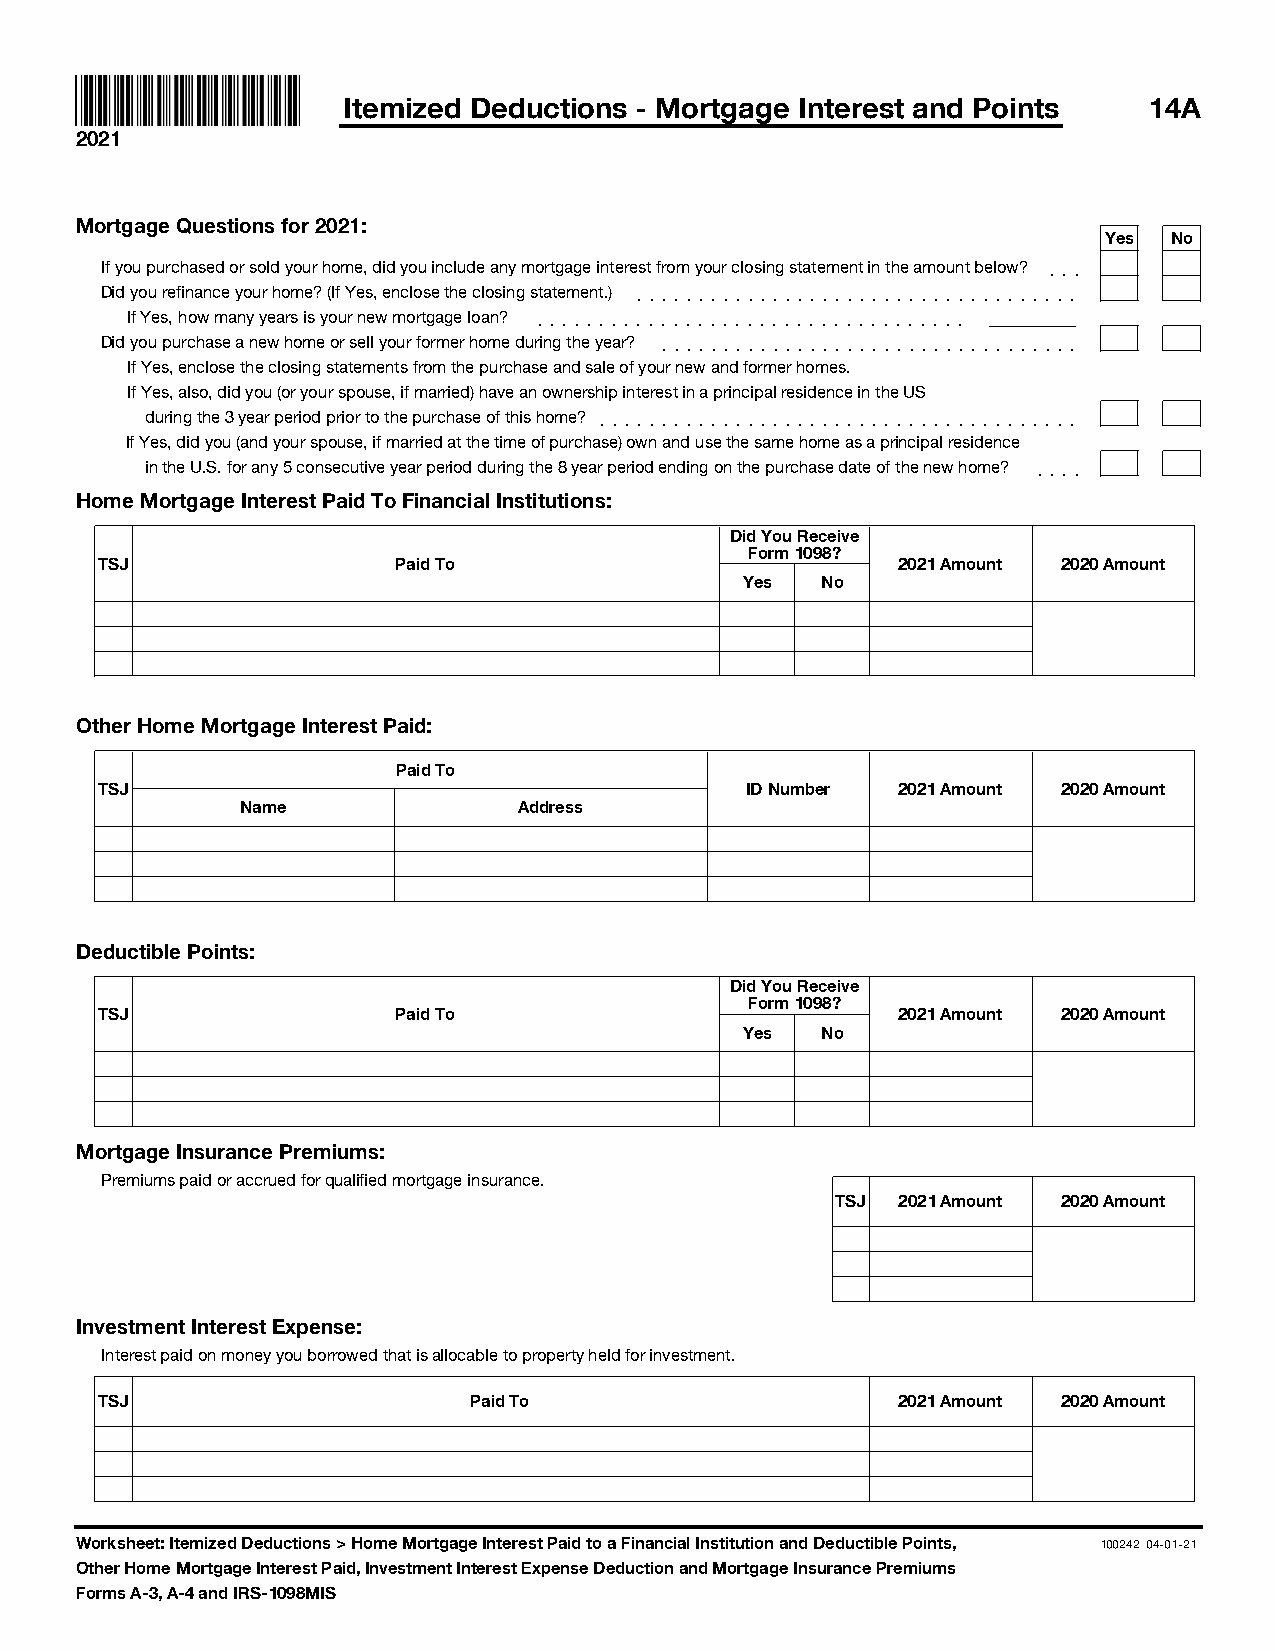
Itemized Deductions - Mortgage Interest and Points   14A
 2021
 Mortgage Questions for 2021:
 Yes  No
 If you purchased or sold your home, did you include any mortgage interest from your closing statement in the amount below? ]]]
 Did you refinance your home? (If Yes, enclose the closing statement.) ]]]]]]]]]]]]]]]]]]]]]]]]]]]]]]]]]]]]
 If Yes, how many years is your new mortgage loan? ]]]]]]]]]]]]]]]]]]]]]]]]]]]]]]]]]]]
 Did you purchase a new home or sell your former home during the year? ]]]]]]]]]]]]]]]]]]]]]]]]]]]]]]]]]]
 If Yes, enclose the closing statements from the purchase and sale of your new and former homes.
 If Yes, also, did you (or your spouse, if married) have an ownership interest in a principal residence in the US
 during the 3 year period prior to the purchase of this home? ]]]]]]]]]]]]]]]]]]]]]]]]]]]]]]]]]]]]]]]
 If Yes, did you (and your spouse, if married at the time of purchase) own and use the same home as a principal residence
 in the U.S. for any 5 consecutive year period during the 8 year period ending on the purchase date of the new home? ]]]]
 Home Mortgage Interest Paid To Financial Institutions:
 Did You Receive
 Form 1098?
 TSJ                Paid To                          2021 Amount 2020 Amount
 Yes  No
 Other Home Mortgage Interest Paid:
 Paid To
 TSJ                                       ID Number 2021 Amount 2020 Amount
 Name              Address
 Deductible Points:
 Did You Receive
 Form 1098?
 TSJ                Paid To                          2021 Amount 2020 Amount
 Yes  No
 Mortgage Insurance Premiums:
 Premiums paid or accrued for qualified mortgage insurance.
 TSJ 2021 Amount 2020 Amount
 Investment Interest Expense:
 Interest paid on money you borrowed that is allocable to property held for investment.
 TSJ                     Paid To                     2021 Amount 2020 Amount
 Worksheet: Itemized Deductions > Home Mortgage Interest Paid to a Financial Institution and Deductible Points, 100242 04-01-21
 Other Home Mortgage Interest Paid, Investment Interest Expense Deduction and Mortgage Insurance Premiums
 Forms A-3, A-4 and IRS-1098MIS